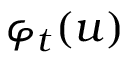
\varphi _ { t } ( u )